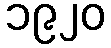
၁၉၂၀